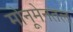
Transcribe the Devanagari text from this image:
मोनूमेनतल